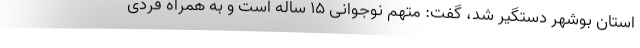
استان بوشهر دستگیر شد، گفت: متهم نوجوانی ۱۵ ساله است و به همراه فردی